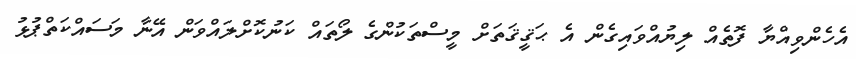
އެހެންވިއްޔާ ފޮތެއް ލިޔުއްވައިގެން އެ ޙަޤީޤަތަށް މީސްތަކުންގެ ލޯތައް ކަނުކޮށްލައްވަން އޭނާ މަސައްކަތްޕުޅު